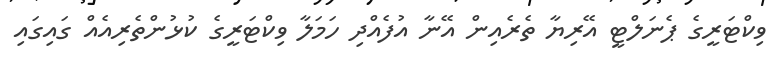
ވިކްޓަރީގެ ޕެނަލްޓީ އޭރިޔާ ތެރެއިން އޭނާ އުފެއްދި ހަމަލާ ވިކްޓަރީގެ ކުޅުންތެރިއެއް ގައިގައި